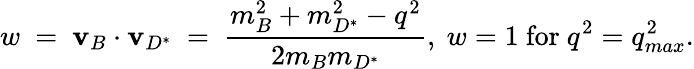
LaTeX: w~=~\mathbf{v}_{B}\cdot\mathbf{v}_{D^{\ast}}~=~\frac{{m_{B}^{2}+m_{D^{\ast}}^{2}-q^{2}}}{{2m_{B}m_{D^{\ast}}}},~w=1~\mathrm{{for}}~q^{2}=q_{max}^{2}.